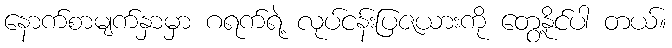
နောက်စာမျက်နှာမှာ ဂရက်ရဲ့ လုပ်ငန်းပြဇယားကို တွေ့နိုင်ပါ တယ်။